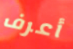
أعرف